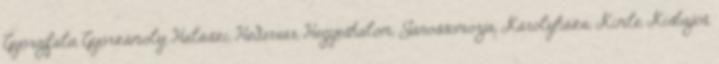
Győrújfalu, Győrzámoly, Halászi, Hédervár, Hegyeshalom, Jánossomorja, Károlyháza, Kimle, Kisbajcs,